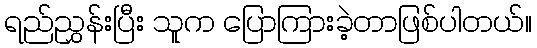
ရည်ညွှန်းပြီး သူက ပြောကြားခဲ့တာဖြစ်ပါတယ်။